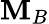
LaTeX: \mathbf{M}_{B}